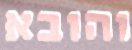
והובא